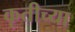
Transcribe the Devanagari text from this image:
कृतीच्या